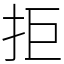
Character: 拒